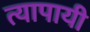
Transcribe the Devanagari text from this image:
त्यापायी